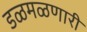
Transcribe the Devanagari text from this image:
डळमळणारी